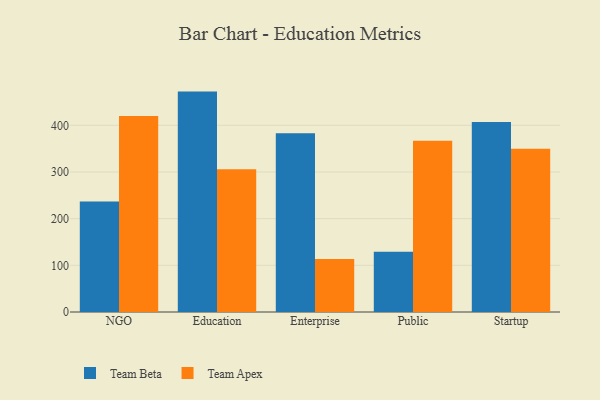
{"axis": {"x": "Segment", "y": "Bounce Rate (%)"}, "legend": ["Team Apex", "Team Beta"], "data": [{"x": "NGO", "y": 236.7, "type": "Team Beta"}, {"x": "NGO", "y": 419.9, "type": "Team Apex"}, {"x": "Education", "y": 472.2, "type": "Team Beta"}, {"x": "Education", "y": 305.7, "type": "Team Apex"}, {"x": "Enterprise", "y": 382.8, "type": "Team Beta"}, {"x": "Enterprise", "y": 113.6, "type": "Team Apex"}, {"x": "Public", "y": 129.2, "type": "Team Beta"}, {"x": "Public", "y": 367.0, "type": "Team Apex"}, {"x": "Startup", "y": 407.2, "type": "Team Beta"}, {"x": "Startup", "y": 349.9, "type": "Team Apex"}]}